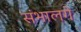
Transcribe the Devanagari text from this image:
संभालगे